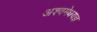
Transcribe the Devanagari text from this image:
अश्वमेधयज्ञ